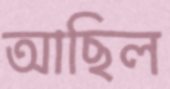
আছিল